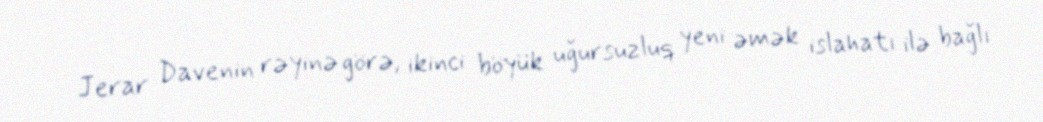
Jerar Davenin rəyinə görə, ikinci böyük uğursuzluq yeni əmək islahatı ilə bağlı